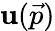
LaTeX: \mathbf{u}({\vec{{p}}})